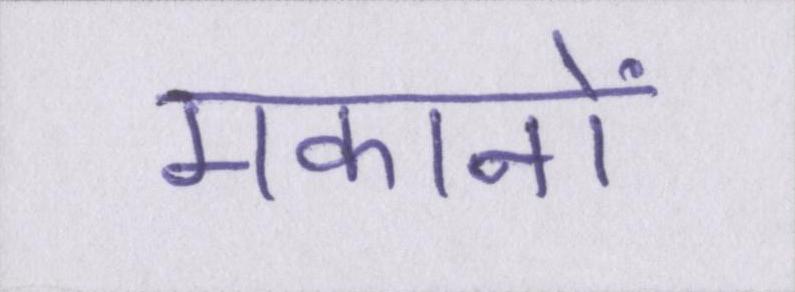
मकानों